Vaccination North-Western Provinces 1866-1877 - 1866-1877
Year: 1866
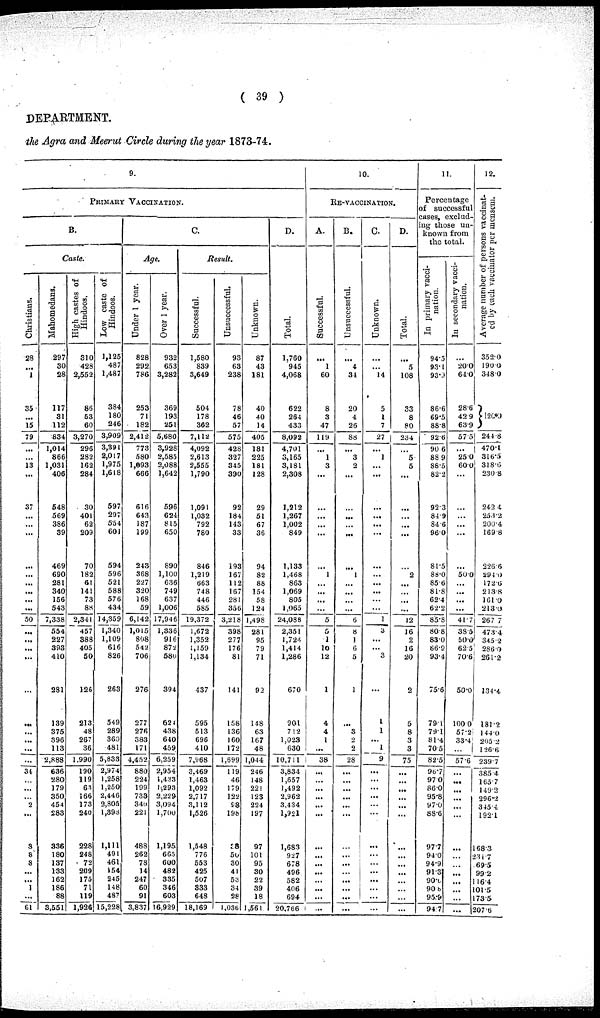
( 39 )
DEPARTMENT.
the Agra and Meerut Circle during the year 1873-74.
9.
PRIMARY VACCINATION.
B.
Caste.
Christians.
28
...
1
35
...
15
79
...
...
13
...
37
...
...
...
...
...
...
...
...
...
50
...
...
...
...
...
...
...
...
...
...
34
...
...
...
2
...
3
8
3
...
...
1
...
61
Mahomedans.
297
30
28
117
31
112
834
1,014
866
1,031
406
548
569
386
39
469
690
281
340
156
543
7,338
554
227
393
410
281
139
375
396
113
2,888
636
280
179
350
454
283
336
180
137
133
162
186
88
3,551
High castes of
Hindoos.
310
428
2,552
86
63
60
3,270
296
282
162
284
30
401
62
209
70
182
61
141
73
88
2,341
457
388
405
50
126
213
48
267
36
1,990
190
119
63
166
173
240
228
248
72
209
175
71
119
1,926
Low caste of
Hindoos.
1,125
487
1,487
384
180
246
3,909
3,391
2,017
1,975
1,618
597
297
554
601
594
596
521
588
576
434
14,359
1,340
1,109
616
826
263
549
289
360
481
5,833
2,974
1,258
1,250
2,446
2,805
1,398
1,111
491
461
154
245
148
487
15,228
C.
Age.
Under 1 year.
828
292
786
253
71
182
2,412
773
580
1,693
666
616
643
187
199
243
368
227
320
168
59
6,142
1,015
808
542
706
276
277
276
383
171
4,452
880
224
199
733
340
221
488
262
78
14
247
60
91
3,837
Over 1 year.
932
653
3,282
369
193
251
5,680
3,928
2,585
2,088
1,642
596
624
815
650
890
1,100
636
749
637
1,006
17,946
1,336
916
872
580
394
624
438
640
459
6,259
2,954
1,433
1,293
2,229
3,094
1,700
1,195
665
600
482
335
346
603
16,929
Result.
Successful.
1,580
839
3,649
504
178
362
7,112
4,092
2,613
2,555
1,790
1,091
1,032
792
780
846
1,219
663
748
446
585
19,372
1,672
1,352
1,159
1,134
437
595
513
696
410
7,968
3.469
1,463
1,092
2,717
3,112
1,526
1,548
776
553
425
507
333
648
18,169
Unsuccessful.
93
63
238
78
46
57
575
428
327
345
390
92
184
143
33
193
167
112
167
281
356
3,218
398
277
176
81
141
158
136
160
172
1,699
119
46
179
122
98
198
38
50
30
41
53
34
28
1,036
Unknown.
87
43
181
40
40
14
405
181
225
181
128
29
51
67
36
94
82
88
154
58
124
1,498
281
95
79
71
92
148
63
167
48
1,044
246
148
221
123
224
197
97
101
95
30
22
39
18
1,561
D.
Total.
1,760
945
4,068
622
264
433
8,092
4,701
3,165
3,181
2,308
1,212
1,267
1,002
849
1,133
1,468
863
1,069
805
1,065
24,088
2,351
1,724
1,414
1,286
670
901
7 12
1,023
630
10,711
3,834
1,657
1,492
2,962
3,434
1,921
1,683
927
678
496
582
406
694
20,766
10.
RE-VACCINATION.
A.
Successful.
...
1
60
8
3
47
119
...
1
3
...
...
...
...
...
...
1
...
...
...
...
5
5
1
10
12
1
4
4
1
...
38
...
...
...
...
...
...
...
...
...
...
...
...
...
...
B.
Unsuccessful.
...
4
34
20
4
26
88
...
3
2
...
...
...
...
...
...
1
...
...
...
...
6
8
1
6
5
1
...
3
2
2
28
...
...
...
...
...
...
...
...
...
...
...
...
...
...
C.
Unknown.
...
...
14
5
1
7
27
...
1
...
...
...
...
...
...
...
...
...
...
...
...
1
3
...
...
3
...
1
1
...
1
9
...
...
...
...
...
...
...
...
...
...
...
...
...
...
D.
Total.
...
5
108
33
8
80
234
...
5
5
...
...
...
...
...
...
2
...
...
...
...
12
16
2
16
20
2
5
8
3
3
75
...
...
...
...
...
...
...
...
...
...
...
...
...
...
11.
Percentage
of successful
cases, exclud-
ing those un-
known from
the total.
In primary vacci-
nation.
94.5
93.1
93.9
86.6
69.5
88.8
92.6
90.6
88.9
88.5
82.2
92.3
84.9
84.6
96.0
81.5
88.0
85.6
81.8
62.4
62.2
85.8
80.8
83.0
86.9
93.4
75.6
79.1
79.1
81.4
70.5
82.5
96.7
97.0
86.0
95.8
97.0
88.6
97.7
94.0
94.9
91.3
90.0
90.8
95.9
94.7
In secondary vacci-
nation.
...
20.0
64.0
28.6
42.9
63.9
57.5
...
25.0
60.0
...
...
...
...
...
...
50.0
...
...
...
...
41.7
38.5
50.0
62.5
70.6
50.0
100.0
57.2
33.4
...
57.6
...
...
...
...
...
...
...
...
...
...
...
...
...
...
12.
Average number of persons vaccinat-
ed by each vaccinator
per mensem.
352.0
190.0
348.0
120.0
244.8
470.1
316.5
318.6
230.8
242.4
253.2
200.4
169.8
226.6
294.0
172.6
213.8
161.0
213.0
267.7
473.4
345.2
286.0
261.2
134.4
181.2
144.0
205.2
126.6
239.7
385.4
165.7
149.2
296.2
345.4
192.1
168.3
231.7
69.5
99.2
116.4
101.5
173.5
207.6